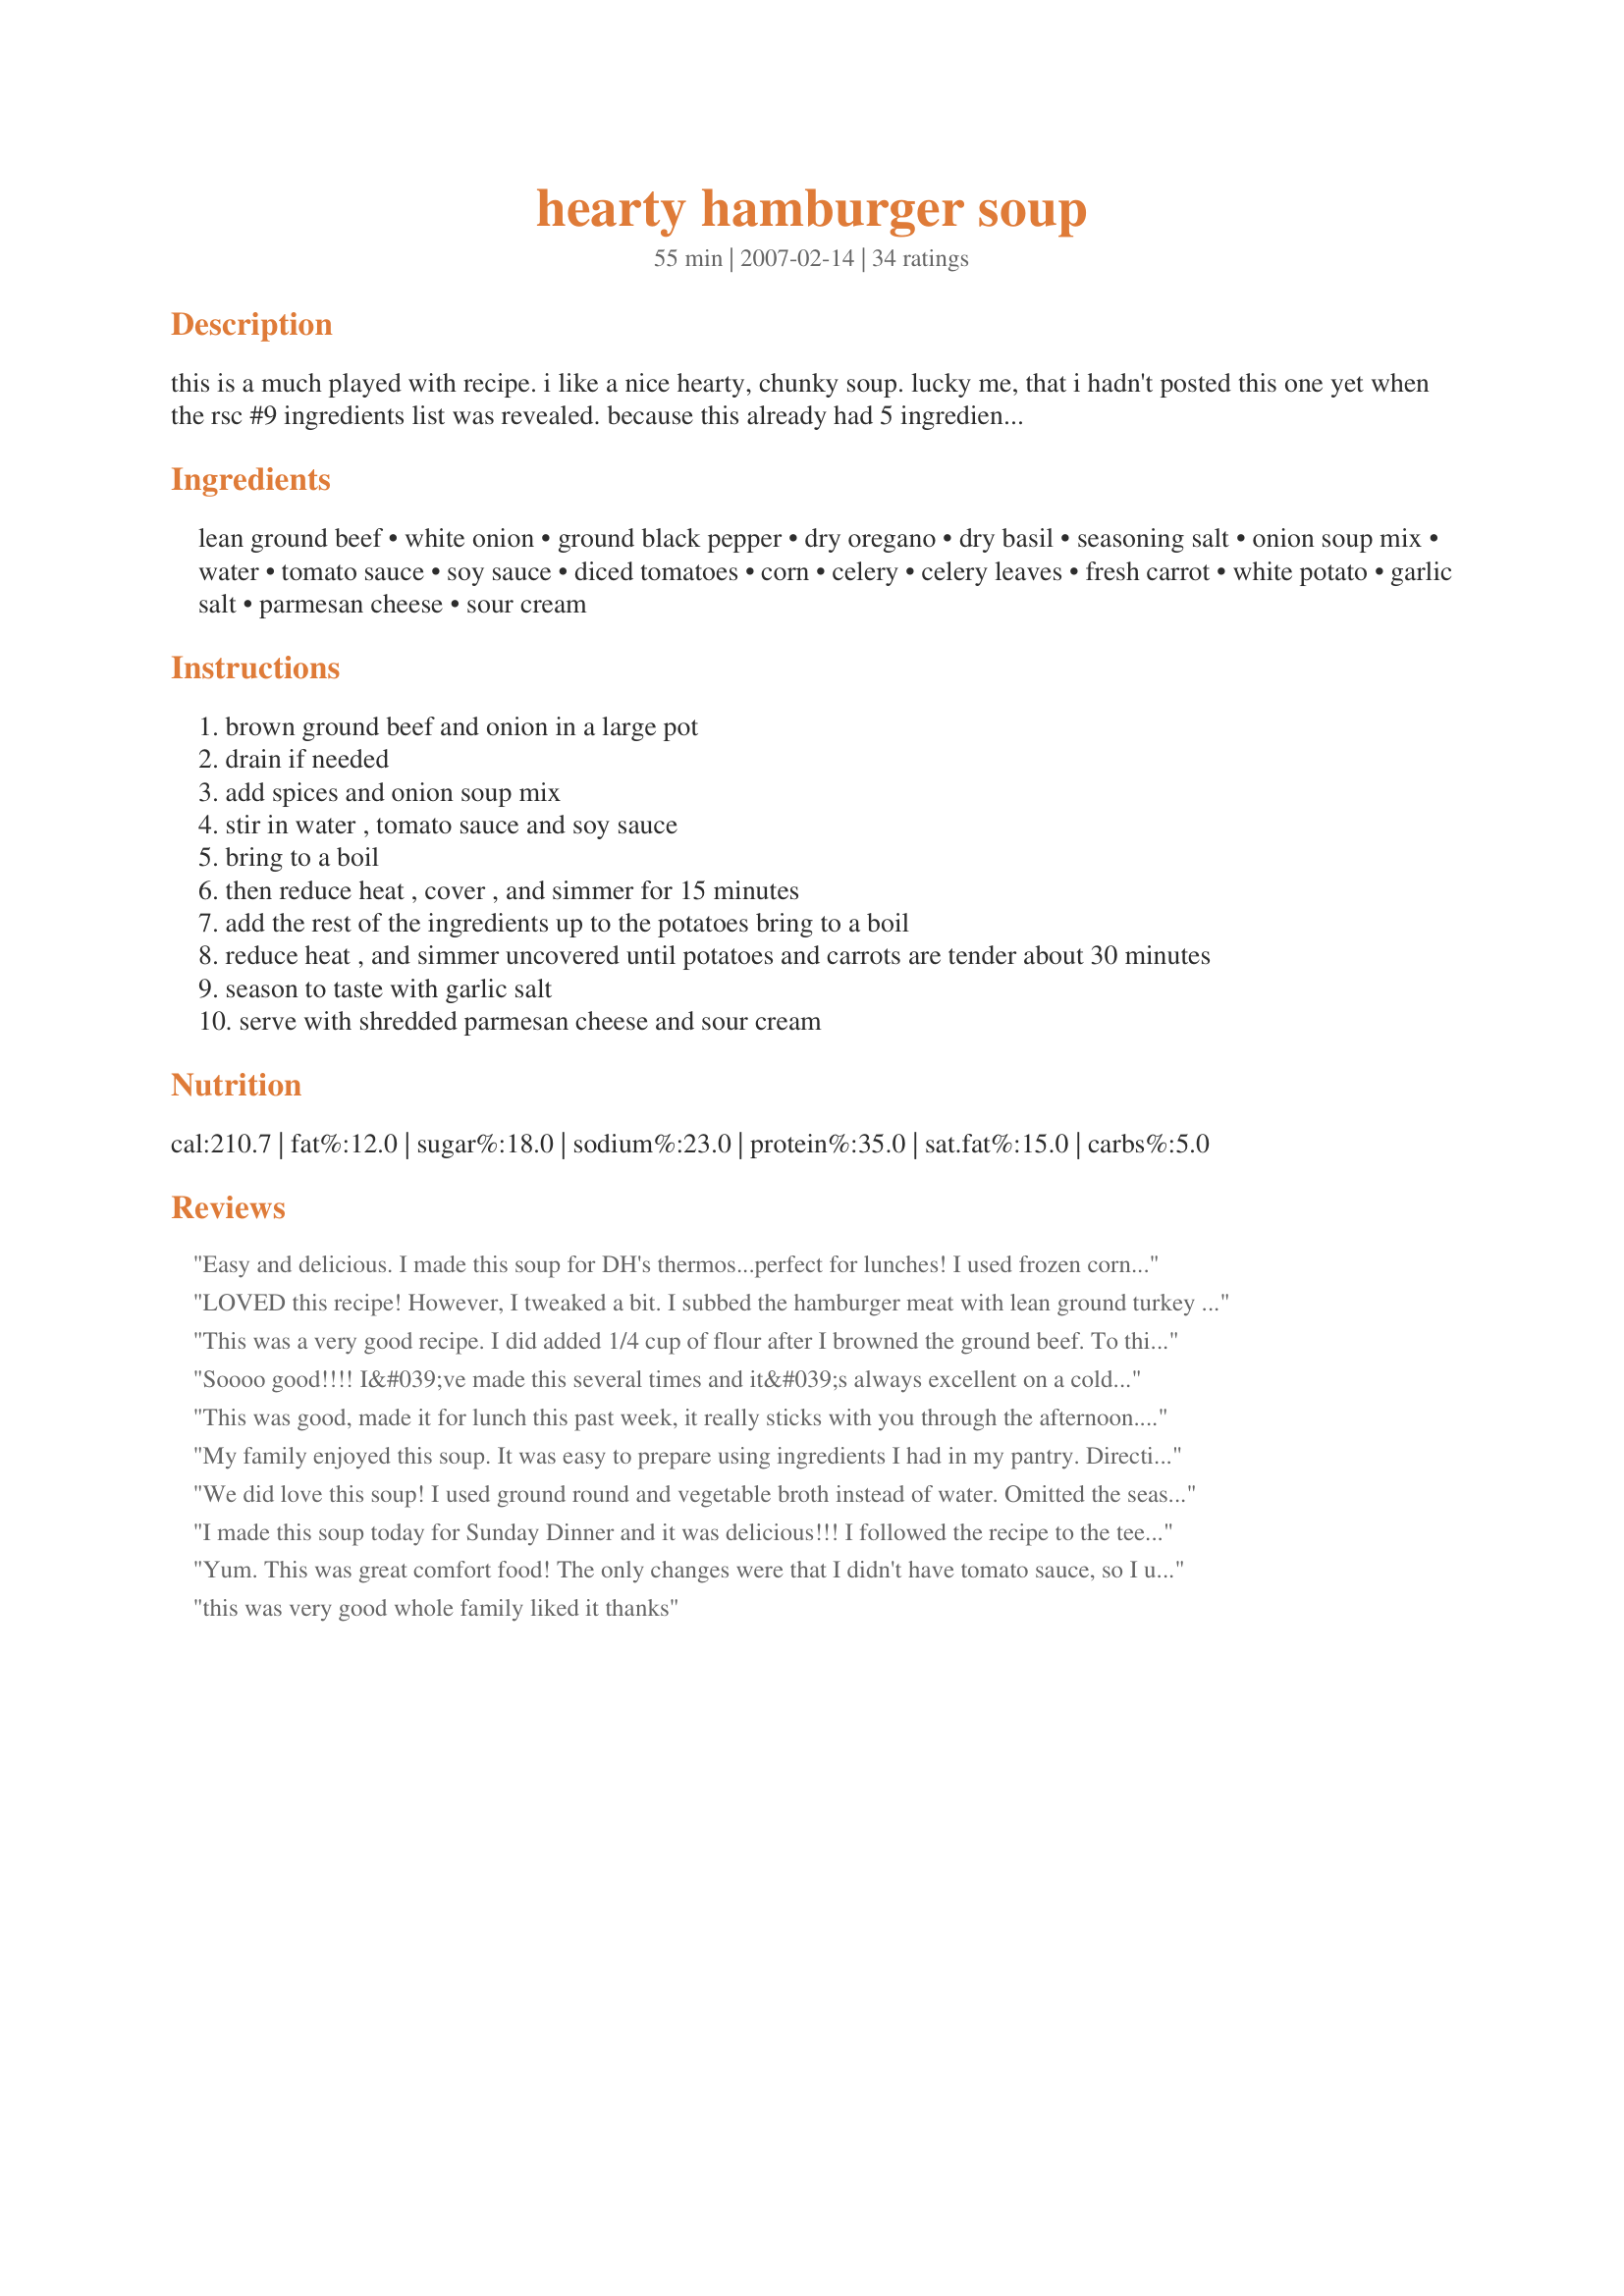
hearty hamburger soup
Preparation time: 55 minutes

this is a much played with recipe. i like a nice hearty, chunky soup. lucky me, that i hadn't posted this one yet when the rsc #9 ingredients list was revealed. because this already had 5 ingredients from it! my work was done for entry #1. this became my most popular recipe in the contest. spot 6 when sorted by rating. hope you try it and love it too! **several reviewers have used broth in place of the water which will give you a more intense flavor...the reason i didn't have it in the ingredients is because most onion soup mixes have beef bouillon in them.**

Ingredients:
lean ground beef, white onion, ground black pepper, dry oregano, dry basil, seasoning salt, onion soup mix, water, tomato sauce, soy sauce, diced tomatoes, corn, celery, celery leaves, fresh carrot, white potato, garlic salt, parmesan cheese, sour cream

Steps:
brown ground beef and onion in a large pot
drain if needed
add spices and onion soup mix
stir in water , tomato sauce and soy sauce
bring to a boil
then reduce heat , cover , and simmer for 15 minutes
add the rest of the ingredients up to the potatoes bring to a boil
reduce heat , and simmer uncovered until potatoes and carrots are tender about 30 minutes
season to taste with garlic salt
serve with shredded parmesan cheese and sour cream

Reviews:
Easy and delicious. I made this soup for DH's thermos...perfect for lunches! I used frozen corn and skipped the sour cream and cheese. Good luck in the contest!
LOVED this recipe! However, I tweaked a bit. I subbed the hamburger meat with lean ground turkey (always do). Instead of adding any water at all, I put in 4 cups of beef stock and 2-3 cups of Clamato tomato juice--the juice was the magical ingredient here! I also added 3 cloves of minced garlic, red pepper chili flakes and a bit of cayenne to pack on a little heat! And then when it came to serving time I chose the healthier route and topped with Greek yogurt. This soup was SO full of flavor, my family loved it. I will definitely make again! :)
This was a very good recipe. I did added 1/4 cup of flour after I browned the ground beef. To thicken the soup. I also did not use diced tomatoes, but I used 2 cans of tomato sauce. we loved it!! It was great the second day!! Thanks!!!!
Soooo good!!!! I&#039;ve made this several times and it&#039;s always excellent on a cold day.
This was good, made it for lunch this past week, it really sticks with you through the afternoon. Hubby has always made his mom's recipe, which is pretty much the same but without as many seasonings. This will stay in my recipe rotation.
My family enjoyed this soup. It was easy to prepare using ingredients I had in my pantry. Directions are easy to follow. It was necessary to omit the soy (allergy)and it probably altered the taste slightly, but it was a delicious soup! Good luck with your efforts.
We did love this soup! I used ground round and vegetable broth instead of water. Omitted the seasoning salt and added some chopped garlic. Great job Engrossed, thank you!
I made this soup today for Sunday Dinner and it was delicious!!! I followed the recipe to the tee with some minor changes. Instead of six cups of water, I used four cups of beef broth and two cups of water. Using the beef broth cuts down on the amount of salt and seasonings. Oh, and I left out the celery. I don&#039;t like celery so, I used green bell pepper instead. This will definitely be my go to soup recipe for the Winter!
Yum. This was great comfort food! The only changes were that I didn't have tomato sauce, so I used tomato juice and reduced it all down a bit longer. Also, I added a splash of red wine and a splash of worcestershire sauce. Used some beef broth and some water. Thanks for posting!
this was very good whole family liked it thanks
I made this as a take-home meal for my DS, with a few changes though, I browned the beef with onion and also fresh garlic and 2 large jalapeno peppers, I omitted the celery and celery leaves and omitted the salt the dry soup mix and soy sauce is salty enough, I used 2 cups beef broth and the rest water, I received a quick call to inform me that this hearty was enjoyed, thanks for this great recipe Engrossed!
Loved this soup! Great use of contest ingredients and awesome flavour. I used recipe#24952 for the onion soup mix and a full tsp of basil-I love basil! I added about 1 tsp of garlic powder instead of garlci salt. The sour cream and parmesan cheese gave a great presentation and added extra flavour. Good Luck!
This chunky soup has a great combination of ingredients. Hearty meal that tastes even better the second time around after the flavors have developed more.
This was a great soup that was well written, with easy to follow directions. My whole family loved this soup, it was simple and sooo delicious! I will make this one again. Thanks for posting!
DH made this for me tonight as I'm under the weather. It really smelled good as it was cooking. I think I'd like more oregano and basil in it next time. Made for *Zaar Stars* game 2008
I really enjoyed this recipe, but next time I make it I&#039;m going to leave out the fresh onion being we used the onion soup mix and I&#039;m going to add some diced green and red peppers and fresh mushrooms. I also added boxed beef stock when it reduced a bit....fantastic!
I made this Hamburger soup with a few changes, I used eight cups of water instead because I wanted to add a lot of veggies and didn&#039;t want to not have enough liquid.. I also doubled all my spices. It was fantastic. A friend of the family came over and she tried it and I ended up giving the recipe to four different people.. I loved this soup and am making it again tonight.. This recipe is very easy to change to taste, adding whatever vegies you like! I also added mushrooms ten mins before serving.. delish!
Not as good as I expected getting almost 5 stars!
Another one to go in the tried and true folder. Great soup. The first bowl I had I added the parmesan cheese. The second bowl I used mozzarella.The third bowl I used both! All very delicious. Highly recommended. Don&#039;t forget to use the garlic salt.
Tasty and filling soup! We really enjoyed this topped with the parmesan and a few tortilla chips. I did take a few liberties with the recipe. I added the celery and 2 tbsp of minced garlic when I browned the ground beef. Also, because I had some leftover, I added about 1 1/2 cups of cooked shell pasta. I could have sworn I had onion soup mix in the pantry (don't you always have it in the pantry?) but needless to say when I went to grab it, it could not be found. I used beef broth instead of the water to make up for the difference. Thanks Engrossed for a wonderful soup!
Wonderful and very easy soup to prepare! I doubled the heartiness by using beef broth in place of the water, otherwise I made as directed for a wonderful and very tasty soup! I will hold on to this recipe for the future to make again! Thanks so much, Engrossed, for this great recipe : )
This soup is at the top of my soup recipes list now! I halved the recipe and used a frozen "mixed vegetables" bag with peas, corn, and carrot. The soup had a GREAT flavor. I never would have thought to put parmesan on the soup but it is SO good, you have to try it!!
I&#039;ve made this recipe several times for team potlucks at tournaments. There are never any leftovers and I *always* get asked for the recipe.
YUMMY...Very good ..left out the salt, figured the soup mix and soy had plenty of that already..I cooked noodles seperately though, to keep them firm, hate soggy noodles..LOL people are so funny, they change the recipe, then give it a lower rating as they didn't care for the taste..LOL too funny..
I used broth instead of water and it was a bit salty.
Made this soup last night, and it was great. I followed the recipe to a T and next time I make it (which I definitely will) I will probably leave out the sliced celery, since I am not a big fan of cooked celery. I'll just go with the celery leaves. Thanks for posting.
DH made this for dinner tonight ... was very impressed with himself. It was good. He added peas, green beans and chopped red bell pepper. He subbed V8 and chicken stock for the water. Thanks Engrossed for a great dinner.
This was easy and quick - always a winning combination for me !! I also happen to love minced beef in anything and these are the type of ingredients always on hand in the pantry. It was a great soup but it is also versatile and could be used as the base for Shepherd's Pie or wrapped in phyllo pastry by just decreasing the water or thickening with cornflour at the end - great contest entry so good luck.
The soup was super easy to make. I also subbed the water for beef broth and did not use the seasoned salt but chopped garlic it was even better the second day
It was OK, it might be better with beef broth instead of water and whole package of onion soup mix and 1 1/2 lbs of hamburger.
This was really good and easy to make. I followed the recipe except I followed some of the others reviewers advice and used beef broth instead of water. This was very tasty and as the name says "hearty" soup. I topped ours with cheddar cheese when serving.
Everyone enjoyed this soup tremendously. I loved how easy it was to prepare. I added about 2 cups of extra water and let the soup simmer for a few hours until dinner. I also added about a cup of leftover cooked rice to the soup because I needed to do something with it. We ate it exactly as described the first time and it was excellent. The second bowls were topped with grated Cheddar Cheese and that was OMG Excellent!!! I halved the recipe and believe that 1/2 the recipe is more like 8 servings. I will be making this again! Good Luck Chef!!!
reviewed for RSC 9.
My family loved this soup! As a matter of fact, becaue I only made 1/2 a recipe, they finished it all and I had no leftovers for the next day at lunch. Therefore, had to make another batch for the soup week. (I eat soup almost everyday)I love the thought of onion soup mix in the soup as a base and it really made the tastes stand out for the veggies and when we added cheese to our bowls. I like that it is easy to make and everything is generally in my freezer and pantry so this will become another soup collection for the rotation.
Thank you.
This recipe was exactly what I was looking for on a chilly night. I did add a can of cut green beans and an extra can of tomato sauce.
